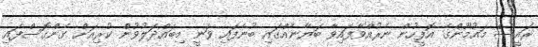
ރައީސް މައުމޫންގެ އޮފީހުން ނެރުއްވާފައިވާ ބަޔާނެއްގައި ބުނެފައި ވަނީ މިބައްދަލުވުން ކުރިއަށް ގެންގޮސްފައި